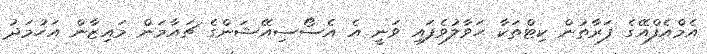
އެމްއެފްއޭގެ ފަރާތުން ކިޓްތަކާ ހަވާލުވެފައި ވަނީ އެ އެސޯސިއޭޝަންގެ ޗައާމަން މައިޒާން އަހުމަދު